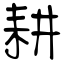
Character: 耕